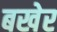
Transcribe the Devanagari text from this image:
बखेर